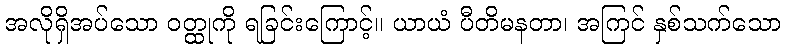
အလိုရှိအပ်သော ဝတ္ထုကို ရခြင်းကြောင့်။ ယာယံ ပီတိမနတာ၊ အကြင် နှစ်သက်သော